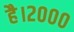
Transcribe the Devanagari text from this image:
है।२०००